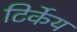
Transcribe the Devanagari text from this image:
टिर्केय